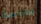
بدراسة